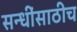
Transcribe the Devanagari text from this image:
सन्धींसाठीच